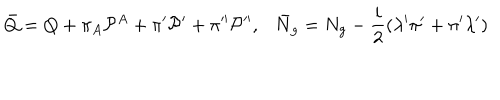
LaTeX: \bar { Q } = Q + \pi _ { A } { \cal P } ^ { A } + \pi ^ { \prime } { \cal P } ^ { \prime } + \pi ^ { \prime \prime } { \cal P } ^ { \prime \prime } , \bar { N } _ { g } = N _ { g } - { \frac { i } { 2 } } ( \lambda ^ { \prime } \pi ^ { \prime } + \pi ^ { \prime } \lambda ^ { \prime } )